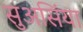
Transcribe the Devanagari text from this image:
सुअसिंया